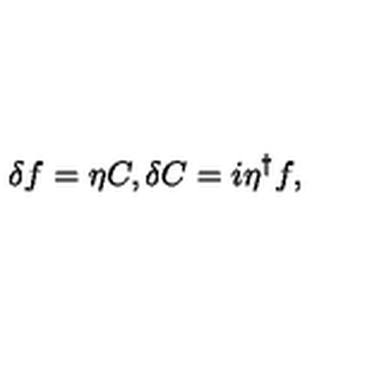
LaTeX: \delta f = \eta C , \delta C = i \eta ^ { \dag } f ,